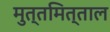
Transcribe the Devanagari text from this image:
मुत्तमित्ताल